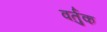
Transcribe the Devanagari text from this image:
वर्तुक